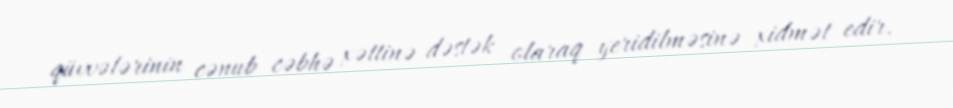
qüvvələrinin cənub cəbhə xəttinə dəstək olaraq yeridilməsinə xidmət edir.